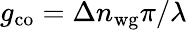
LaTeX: g_{\mathrm{co}}=\Delta n_{\mathrm{wg}}\pi/\lambda